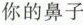
你的鼻子